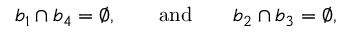
b _ { 1 } \cap b _ { 4 } = \emptyset , \qquad \mathrm { a n d } \qquad b _ { 2 } \cap b _ { 3 } = \emptyset ,